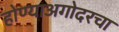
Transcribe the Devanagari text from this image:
होण्याअगोदरचा